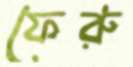
ফেরু